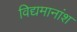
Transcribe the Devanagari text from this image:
विद्यमानांश